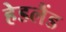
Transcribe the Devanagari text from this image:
हेडलैंड